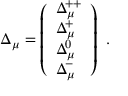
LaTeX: \Delta _ { \mu } = \left( \begin{array} { l } { { \Delta _ { \mu } ^ { + + } } } \\ { { \Delta _ { \mu } ^ { + } } } \\ { { \Delta _ { \mu } ^ { 0 } } } \\ { { \Delta _ { \mu } ^ { - } } } \end{array} \right) \ .